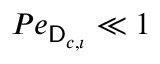
P e _ { \mathsf { D } _ { c , \imath } } \ll 1